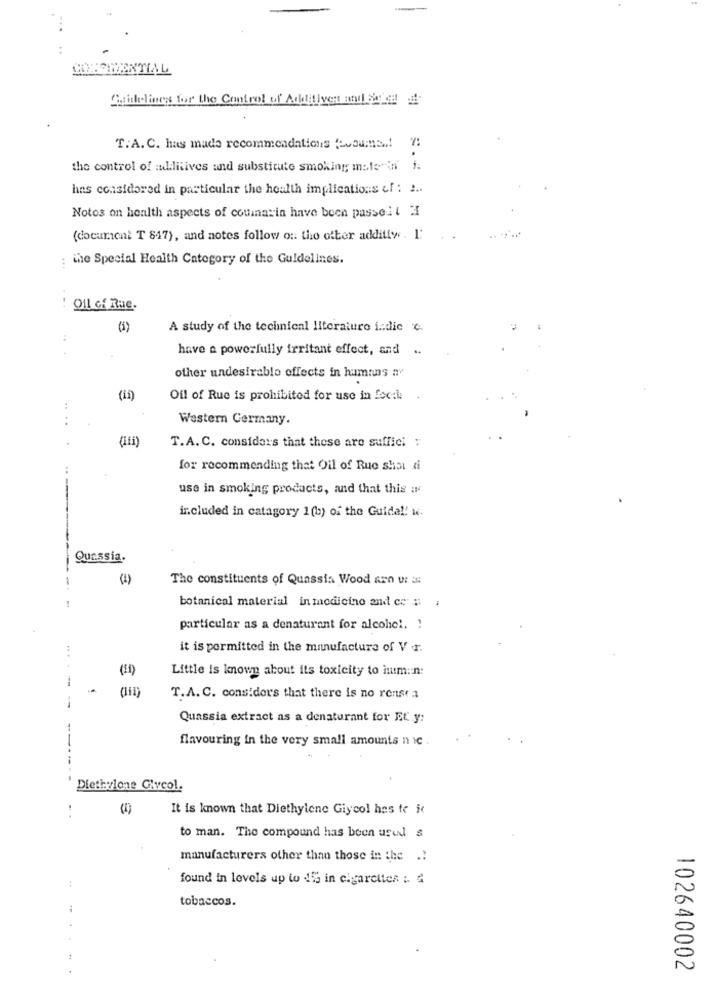
BOMENTIAL
Calleliens for the Control of Additives and Betalat
T.A. C. has made recommendations fovoums ..! !!
the control of :lilitives and substitute smoking mate in J.
has considered in particular the health implications of : !..
Notes on health aspects of cominarin have been passel t 3
(document T 847), and notes follow o :. the ofter additfw . 1:
the Special Health Category of the Guidelines.
...
! Oll of Rue.
(5)
A study of the technical literature indic c
have a powerfully irritant effect, and ..
other undesirable effects in humans ny
(in
Oil of Rue is prohibited for use in focale
Western Germany.
T.A. C. considers that these are suffici :
for recommending that Oil of Rue shai ti
...
use in smoking products, and that this is
ir.cluded in catagory 1 (b) of the Guide !! u.
Quassia.
-
(1)
The constituents of Quassia Wood arn vi is
botanical material in medicine and ce # ;
particular as a denaturant for alcohol. !
it is permitted in the manufacture of V r.
(11)
Little is known about its toxicity to hum: n:
--
T.A. C. considers that there is no rense a
Quassia extract as a denaturant for Et y:
flavouring in the very small amounts n ic .
Diethviene Glycol.
It is known that Diethylene Giycol has te ic
to man. The compound has been used s
manufacturers other than those in the ..
found in levels up to dis in cigarettes :.
tobaccos.
102640002